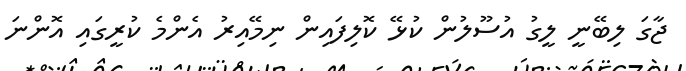
ޖާގަ ލިބޭނީ ލީގު އުސޫލުން ކުޅޭ ކޮލިފައިން ނިމޭއިރު އެންމެ ކުރީގައި އޮންނަ